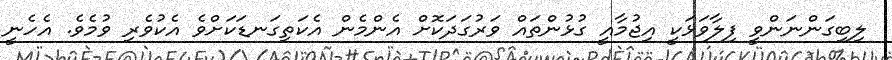
ލިބިގަންނަންވީ ފިލާވަޅަކީ އިޖުމާއީ ގުޅުންތައް ވަރުގަދަކޮށް އެންމެން އެކަތިގަނޑަކަށްވެ އެކުވެރި ވުމެވެ. އެހެނީ